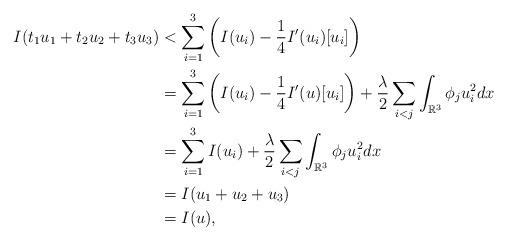
LaTeX: \begin{align*} I(t_1u_1+t_2u_2+t_3u_3)&<\sum_{i=1}^3\left(I(u_i)-\frac{1}{4}I'(u_i)[u_i]\right)\\ &=\sum_{i=1}^3\left(I(u_i)-\frac{1}{4}I'(u)[u_i]\right)+\frac{\lambda}{2}\sum_{i<j}\int_{\mathbb R^3}\phi_ju_i^2dx\\ &=\sum_{i=1}^3I(u_i)+\frac{\lambda}{2}\sum_{i<j}\int_{\mathbb R^3}\phi_ju_i^2dx\\ &=I(u_1+u_2+u_3)\\ &=I(u), \end{align*}